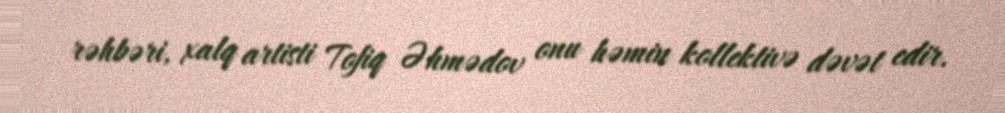
rəhbəri, xalq artisti Tofiq Əhmədov onu həmin kollektivə dəvət edir.